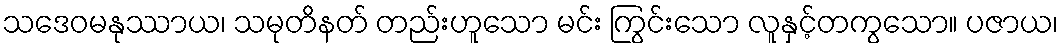
သဒေဝမနုဿာယ၊ သမုတိနတ် တည်းဟူသော မင်း ကြွင်းသော လူနှင့်တကွသော။ ပဇာယ၊